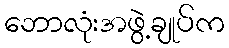
ဘောလုံးအဖွဲ့ချုပ်က